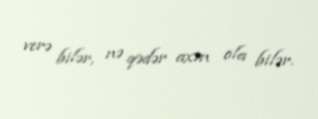
verə bilər, nə qədər axın ola bilər.